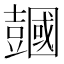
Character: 𧰒